Indian journal of veterinary science and animal husbandry - Volume 9,
Year: 1939
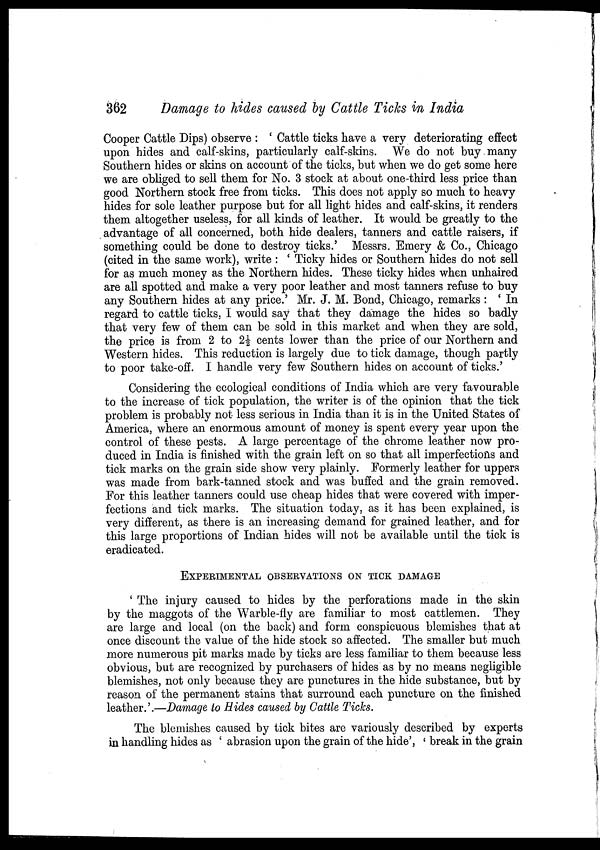
362
Damage to hides caused by Cattle Ticks in India
Cooper Cattle Dips) observe : ' Cattle ticks have a very deteriorating effect
upon hides and calf-skins, particularly calf-skins. We do not buy many
Southern hides or skins on account of the ticks, but when we do get some here
we are obliged to sell them for No. 3 stock at about one-third less price than
good Northern stock free from ticks. This does not apply so much to heavy
hides for sole leather purpose but for all light hides and calf-skins, it renders
them altogether useless, for all kinds of leather. It would be greatly to the
advantage of all concerned, both hide dealers, tanners and cattle raisers, if
something could be done to destroy ticks.' Messrs. Emery & Co., Chicago
(cited in the same work), write : ' Ticky hides or Southern hides do not sell
for as much money as the Northern hides. These ticky hides when unhaired
are all spotted and make a very poor leather and most tanners refuse to buy
any Southern hides at any price.' Mr. J. M. Bond, Chicago, remarks : ' In
regard to cattle ticks, I would say that they damage the hides so badly
that very few of them can be sold in this market and when they are sold,
the price is from 2 to 2½ cents lower than the price of our Northern and
Western hides. This reduction is largely due to tick damage, though partly
to poor take-off. I handle very few Southern hides on account of ticks.'
Considering the ecological conditions of India which are very favourable
to the increase of tick population, the writer is of the opinion that the tick
problem is probably not less serious in India than it is in the United States of
America, where an enormous amount of money is spent every year upon the
control of these pests. A large percentage of the chrome leather now pro-
duced in India is finished with the grain left on so that all imperfections and
tick marks on the grain side show very plainly. Formerly leather for uppers
was made from bark-tanned stock and was buffed and the grain removed.
For this leather tanners could use cheap hides that were covered with imper-
fections and tick marks. The situation today, as it has been explained, is
very different, as there is an increasing demand for grained leather, and for
this large proportions of Indian hides will not be available until the tick is
eradicated.
EXPERIMENTAL OBSERVATIONS ON TICK DAMAGE
' The injury caused to hides by the perforations made in the skin
by the maggots of the Warble-fly are familiar to most cattlemen. They
are large and local (on the back) and form conspicuous blemishes that at
once discount the value of the hide stock so affected. The smaller but much
more numerous pit marks made by ticks are less familiar to them because less
obvious, but are recognized by purchasers of hides as by no means negligible
blemishes, not only because they are punctures in the hide substance, but by
reason of the permanent stains that surround each puncture on the finished
leather.'.—Damage to Hides caused by Cattle Ticks.
The blemishes caused by tick bites are variously described by experts
in handling hides as ' abrasion upon the grain of the hide', ' break in the grain